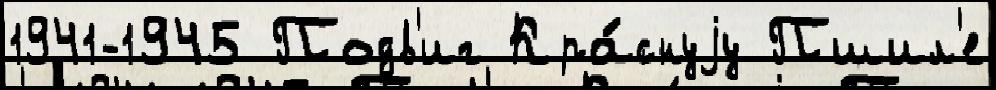
1941-1945 Подв'иг Кра́снуjу Пшил'е